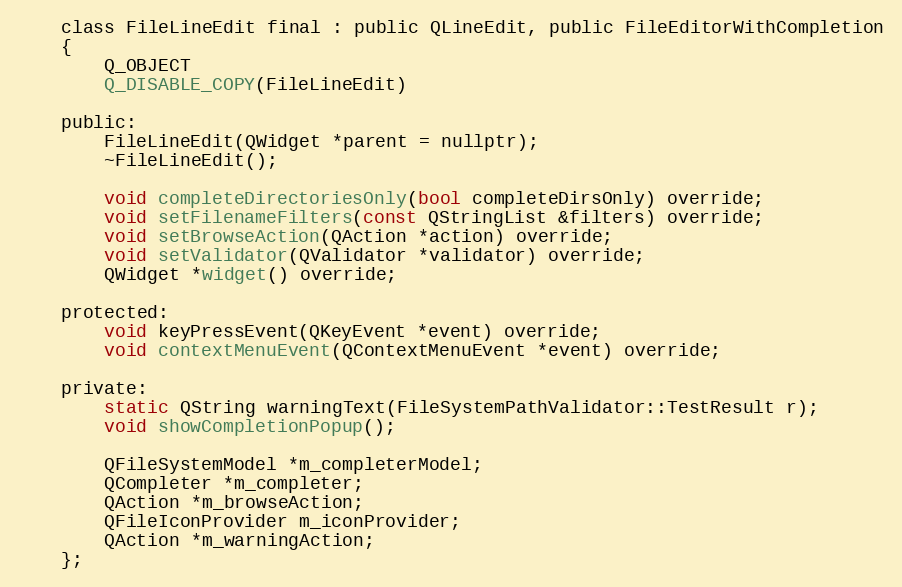
Language: C
    class FileLineEdit final : public QLineEdit, public FileEditorWithCompletion
    {
        Q_OBJECT
        Q_DISABLE_COPY(FileLineEdit)

    public:
        FileLineEdit(QWidget *parent = nullptr);
        ~FileLineEdit();

        void completeDirectoriesOnly(bool completeDirsOnly) override;
        void setFilenameFilters(const QStringList &filters) override;
        void setBrowseAction(QAction *action) override;
        void setValidator(QValidator *validator) override;
        QWidget *widget() override;

    protected:
        void keyPressEvent(QKeyEvent *event) override;
        void contextMenuEvent(QContextMenuEvent *event) override;

    private:
        static QString warningText(FileSystemPathValidator::TestResult r);
        void showCompletionPopup();

        QFileSystemModel *m_completerModel;
        QCompleter *m_completer;
        QAction *m_browseAction;
        QFileIconProvider m_iconProvider;
        QAction *m_warningAction;
    };